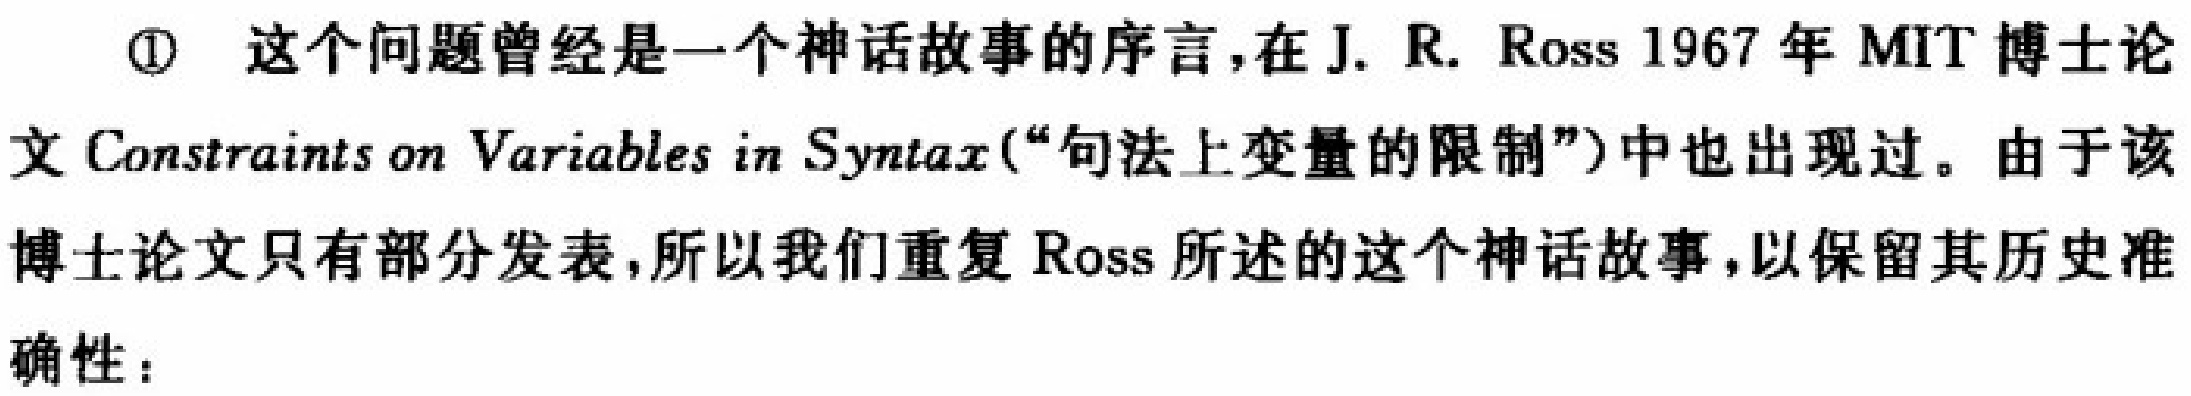
\textcircled{1} 这个问题曾经是一个神话故事的序言,在J. R. Ross 1967年MIT博士论文Constraints on Variables in Syntax(“句法上变量的限制”)中也出现过。由于该博士论文只有部分发表,所以我们重复Ross所述的这个神话故事,以保留其历史准确性：